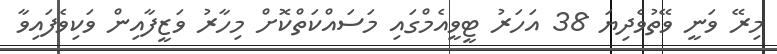
މިރޭ ވަނީ ވޭތުވެދިޔަ 38 އަހަރު ޓީވީއެމްގައި މަސައްކަތްކޮށް މިހާރު ވަޒީފާއިން ވަކިވެފައިވާ